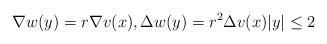
LaTeX: \begin{align*} \nabla w(y) = r\nabla v(x),\Delta w(y) =r^2 \Delta v(x) |y|\leq 2\end{align*}